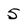
Character: 5